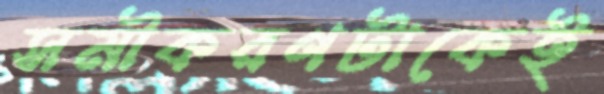
সমীকরণটাকেই